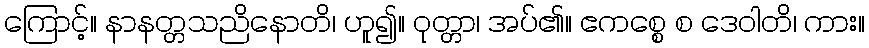
ကြောင့်။ နာနတ္တသညိနောတိ၊ ဟူ၍။ ဝုတ္တာ၊ အပ်၏။ ဧကစ္စေ စ ဒေဝါတိ၊ ကား။